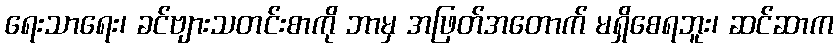
ရေးသာရေး၊ ခင်ဗျားသတင်းစာကို ဘာမှ အဖြတ်အတောက် မရှိစေရဘူး၊ ဆင်ဆာက